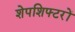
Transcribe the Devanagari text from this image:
शेपशिफ्टरों